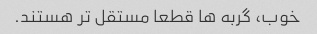
خوب، گربه ها قطعا مستقل تر هستند.